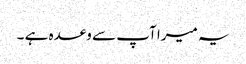
یہ میرا آپ سے وعدہ ہے ۔